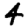
Digit: 4